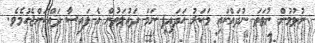
ނުވުމުން ނުވަތަ ނުދައްކައި މަކަރު ހަދައިފި ނަމަ ދައުލަތުން އެ ފައިސާ ދައްކަންޖެހުމެވެ.